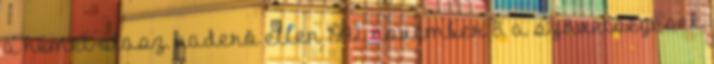
a német-olasz haderõ ellen 1942. november 8. a szövetségesek